Report of the King Institute of Preventive Medicine, Guindy
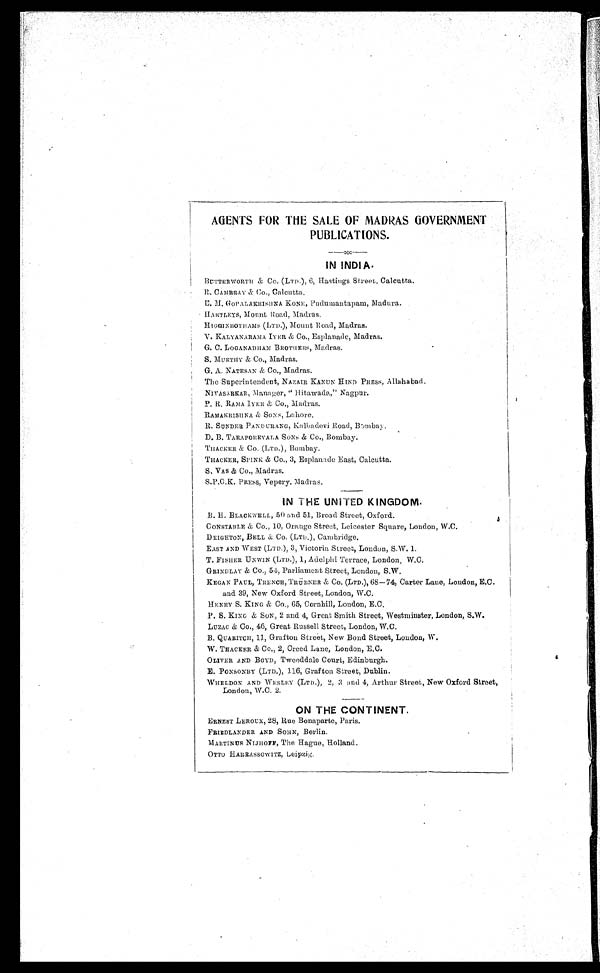
AGENTS FOR THE SALE OF MADRAS GOVERNMENT
PUBLICATIONS.
IN INDIA.
BUTTERWORTH & Co. (LTD), 6, Hastings Street, Calcutta.
R. CAMBRAY & Co., Calcutta.
E.M. GOPALAKRISHNA KONE, Pundumantapam, Madura.
HARTLEYS, Mount Road, Madras.
HIGGINBOTHAMS (LTD.), Mount Road, Madras.
V. KALYANARAMA IYER & Co., Esplanade, Madras.
G. C. LOGANADHAM BROTUERS, Madras.
S. MURTHY & Co., Madras.
G. A. NATESAN & Co., Madras.
The Superintendent, NAZAIR KANUN HIND PRESS, Allahabad.
NIVASARKAR, Manager, " Hitawada," Nagpur.
P. R. RAMA IYER & Co., Madras.
RAMAKRISHNA & SONS, Lahore.
R. SUNDER PANDURANG, Kalbadevi Road, Bombay.
D. B. TARAPOREVALA SONS & CO., Bombay.
THACKER & Co. (LTD.), Bombay.
THACKER, SPINK & Co., 3, Esplanade East, Calcutta.
S. VAS & Co., Madras.
S.P.O.K. PRESS, Vepery, Madras.
IN THE UNITED KINGDOM.
B. H. BLACKWELL, 50 and 51, Broad Street, Oxford.
CONSTABLE & Co., 10, Orange Street, Leicester Square, London, W.C.
DEIGHTON, BELL & Co. (LTD.), Cambridge.
EAST AND WEST (LTD.), 3, Victoria Street:, London, S.W. 1
.
T. FISHER UNWIN (LTD.), 1, Adelphi Terrace, London, W.C.
GRINDLAY & Co., 54, Parliament Street, London, S.W.
KEGAN PAUL, TRENCH, TRÜBNER & Co. (LTD.), 68—74, Carter Lane, London, E.C.
and 39, New Oxford Street, London, W.C.
HENRY S. KING & Co., 65, Cornhill, London, E.C.
P. S. KING & SON, 2 and 4, Great Smith Street, Westminster, London, S.W.
LUZAC & Co., 46, Great Russell Street, London, W.C.
B. QUARITCH, 11, Grafton Street, New Bond Street, London, W.
W. TRACKER & Co., 2, Creed Lane, London, E.C.
OLIVER AND BOYD, Tweeddale Court, Edinburgh.
E. PONSONBY (LTD.), 116, Grafton Street, Dublin.
WHELDON AND WESLEY (LTD.), 2, 3 and 4, Arthur Street, New Oxford Street,
London, W.C. 2.
ON THE CONTINENT.
ERNEST LEROUX, 28, Rue Bonaparte, Paris.
FRIEDLANDER AND SOHN, Berlin.
MARTINUS NIJHOFF, The Hague, Holland.
OT T O HAR R AS S OWI T Z , L e i p z i g .